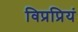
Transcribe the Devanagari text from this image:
विप्रप्रियं